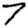
Digit: 7